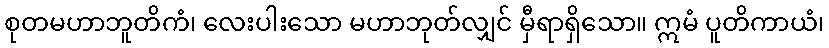
စုတမဟာဘူတိကံ၊ လေးပါးသော မဟာဘုတ်လျှင် မှီရာရှိသော။ ဣမံ ပူတိကာယံ၊